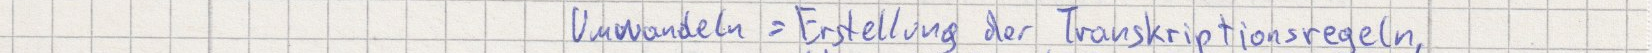
Umwandeln = Erstellung der Transkriptionsregeln,